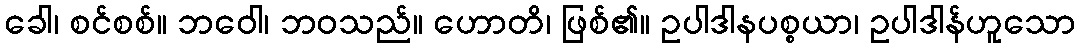
ခေါ၊ စင်စစ်။ ဘဝေါ၊ ဘဝသည်။ ဟောတိ၊ ဖြစ်၏။ ဥပါဒါနပစ္စယာ၊ ဥပါဒါန်ဟူသော